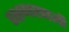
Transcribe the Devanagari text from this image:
रक्षणाखाली